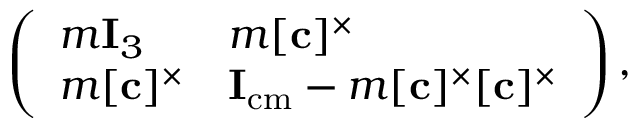
\left( { \begin{array} { l l } { m { \mathbf { I } _ { 3 } } } & { m [ { \mathbf { c } } ] ^ { \times } } \\ { m [ { \mathbf { c } } ] ^ { \times } } & { { \mathbf { I } } _ { \mathrm { { c m } } } - m [ { \mathbf { c } } ] ^ { \times } [ { \mathbf { c } } ] ^ { \times } } \end{array} } \right) ,